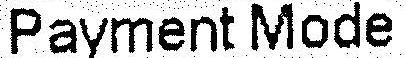
PAYMENT MODE